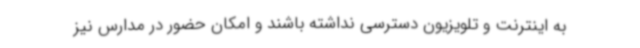
به اینترنت و تلویزیون دسترسی نداشته باشند و امکان حضور در مدارس نیز